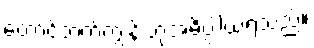
တောင်ဘက်ကျွန်းဟုအဓိပ္ပါယ်ရသည်။